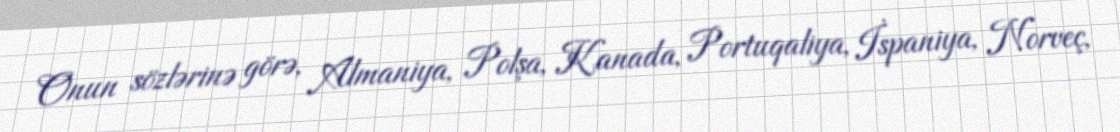
Onun sözlərinə görə, Almaniya, Polşa, Kanada, Portuqaliya, İspaniya, Norveç,